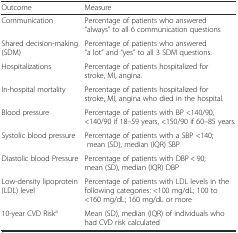
| Outcome | Measure |
 | --- | --- |
 | Communication | Percentage of patients who answered “always” to all 6 communication questions |
 | Shared decision-making (SDM) | Percentage of patients who answered “a lot” and “yes” to all 3 SDM questions. |
 | Hospitalizations | Percentage of patients hospitalized for stroke, MI, angina. |
 | In-hospital mortality | Percentage of patients hospitalized for stroke, MI, angina who died in the hospital. |
 | Blood pressure | Percentage of patients with BP <140/90, <140/90 if 18–59 years, <150/90 if 60–85 years. |
 | Systolic blood pressure | Percentage of patients with a SBP <140; mean (SD), median (IQR) SBP |
 | Diastolic blood Pressure | Percentage of patients with DBP < 90; mean (SD), median (IQR) DBP |
 | Low-density lipoprotein (LDL) level | Percentage of patients with LDL levels in the following categories: <100 mg/dL; 100 to <160 mg/dL; 160 mg/dL or more |
 | 10-year CVD Riska | Mean (SD), median (IQR) of individuals who had CVD risk calculated |